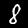
Digit: 8